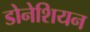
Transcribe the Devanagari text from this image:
डोनेशियन